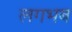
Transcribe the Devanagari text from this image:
लगभब